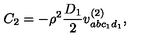
C _ { 2 } = - \rho ^ { 2 } \frac { D _ { 1 } } { 2 } v _ { a b c _ { 1 } d _ { 1 } } ^ { ( 2 ) } ,